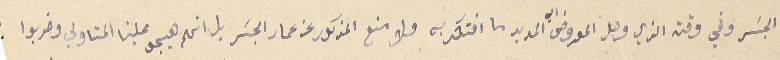
الجسَر وفي وقت الذي وصل المعروض الي المدير ما افتكر به ولا منع المذكور عن عمار الجسَر بل انهم هيجو علينا المتاولي وضربوا